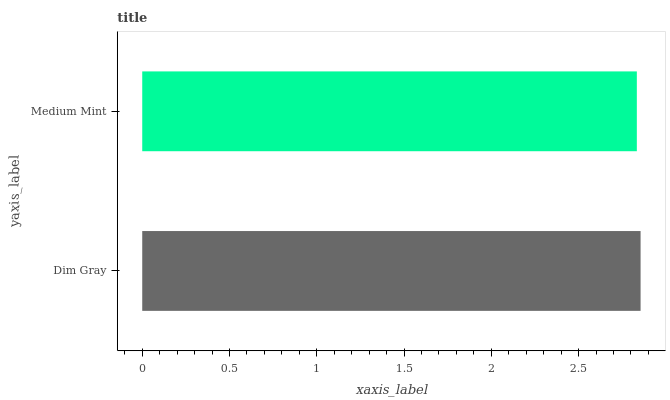
| yaxis_label | bars |
 | --- | --- |
 | Dim Gray | 2.86 |
 | Medium Mint | 2.83 |